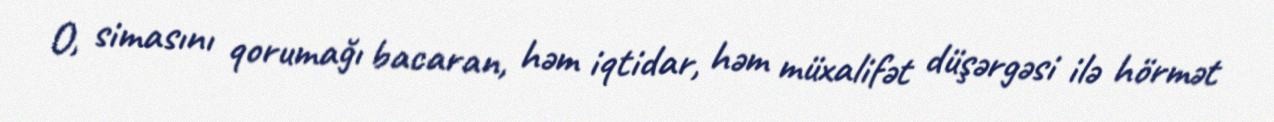
O, simasını qorumağı bacaran, həm iqtidar, həm müxalifət düşərgəsi ilə hörmət